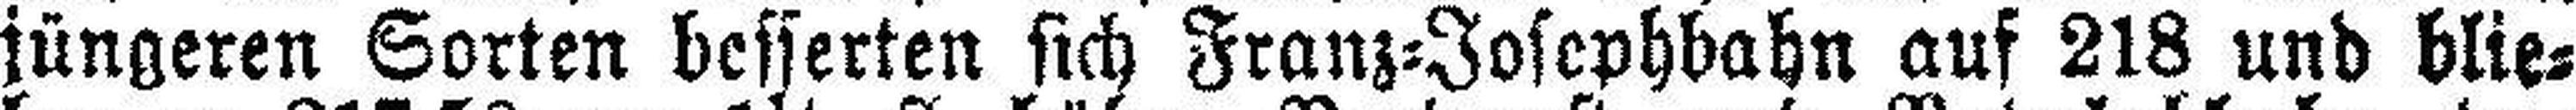
jüngeren Sorten besserten sich Franz=Josephbahn auf 218 und blie¬